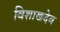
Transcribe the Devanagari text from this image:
विशाखदेव